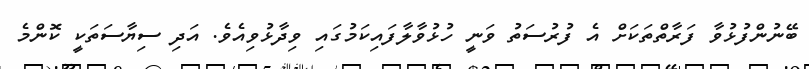
ބޭނުންފުޅުވާ ފަރާތްތަކަށް އެ ފުރުސަތު ވަނީ ހުޅުވާލާފައިކަމުގައި ވިދާޅުވިއެވެ. އަދި ސިޔާސަތަކީ ކޮންމެ